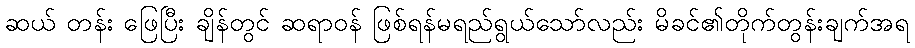
ဆယ် တန်း ဖြေပြီး ချိန်တွင် ဆရာဝန် ဖြစ်ရန်မရည်ရွယ်သော်လည်း မိခင်၏တိုက်တွန်းချက်အရ